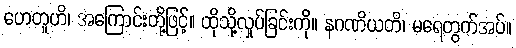
ဟေတူဟိ၊ အကြောင်းတို့ဖြင့်။ ထိုသို့လှုပ်ခြင်းကို။ နဂဏိယတိ၊ မရေတွက်အပ်။